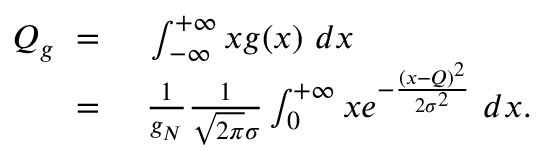
\begin{array} { r l } { Q _ { g } \ = \ } & { { } \int _ { - \infty } ^ { + \infty } x g ( x ) \ d x } \\ { \ = \ } & { { } \frac { 1 } { g _ { N } } \frac { 1 } { \sqrt { 2 \pi } \sigma } \int _ { 0 } ^ { + \infty } x e ^ { - \frac { ( x - Q ) ^ { 2 } } { 2 \sigma ^ { 2 } } } \ d x . } \end{array}